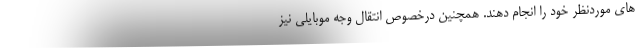
های موردنظر خود را انجام دهند. همچنین درخصوص انتقال وجه موبایلی نیز